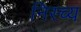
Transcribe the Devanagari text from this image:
निस्च्य